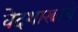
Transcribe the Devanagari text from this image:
वेदशास्त्राचे